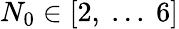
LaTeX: N_{0}\in[2,\ ...\ 6]